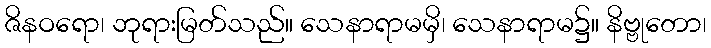
ဇိနဝရော၊ ဘုရားမြတ်သည်။ သေနာရာမမှိ၊ သေနာရာမ၌။ နိဗ္ဗုတော၊